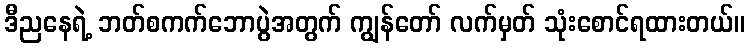
ဒီညနေရဲ့ ဘတ်စကက်ဘောပွဲအတွက် ကျွန်တော် လက်မှတ် သုံးစောင်ရထားတယ်။